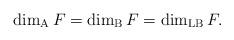
LaTeX: \begin{align*} \dim_{\rm A}F=\dim_{\rm B}F=\dim_{\rm LB}F. \end{align*}